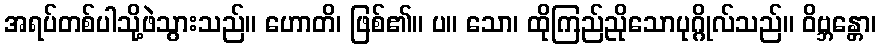
အရပ်တစ်ပါသို့ဖဲသွားသည်။ ဟောတိ၊ ဖြစ်၏။ ပ။ သော၊ ထိုကြည်ညိုသောပုဂ္ဂိုလ်သည်။ ဝိဗ္ဘန္တော၊